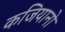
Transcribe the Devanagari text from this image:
कजियानो